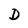
Character: D